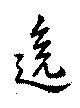
逸